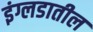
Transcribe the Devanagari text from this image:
इंग्लडातील